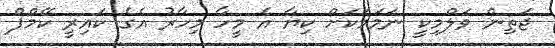
ޖަތިން ވަލްމިކީ ނަމަމަކަށް ކިޔާ އެ މީހާ މިހާރު އެގެ ކައިރީ ކޭމްޕް